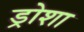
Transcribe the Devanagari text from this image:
ड्रोशा